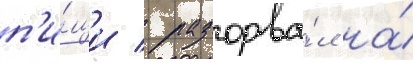
п'и́щи / разорва́л на́